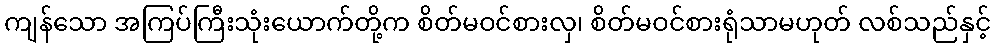
ကျန်သော အကြပ်ကြီးသုံးယောက်တို့က စိတ်မဝင်စားလှ၊ စိတ်မဝင်စားရုံသာမဟုတ် လစ်သည်နှင့်